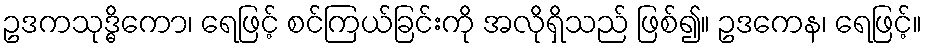
ဥဒကသုဒ္ဓိကော၊ ရေဖြင့် စင်ကြယ်ခြင်းကို အလိုရှိသည် ဖြစ်၍။ ဥဒကေန၊ ရေဖြင့်။